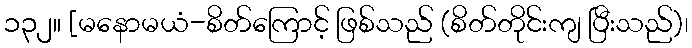
၁၃၂။ [မနောမယံ-စိတ်ကြောင့် ဖြစ်သည် (စိတ်တိုင်းကျ ပြီးသည်)၊